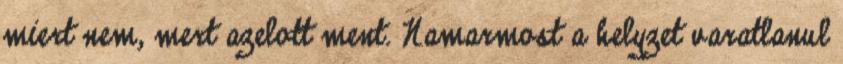
miert nem, mert azelott ment. Namarmost a helyzet varatlanul